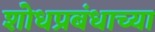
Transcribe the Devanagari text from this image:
शोधप्रबंधाच्या